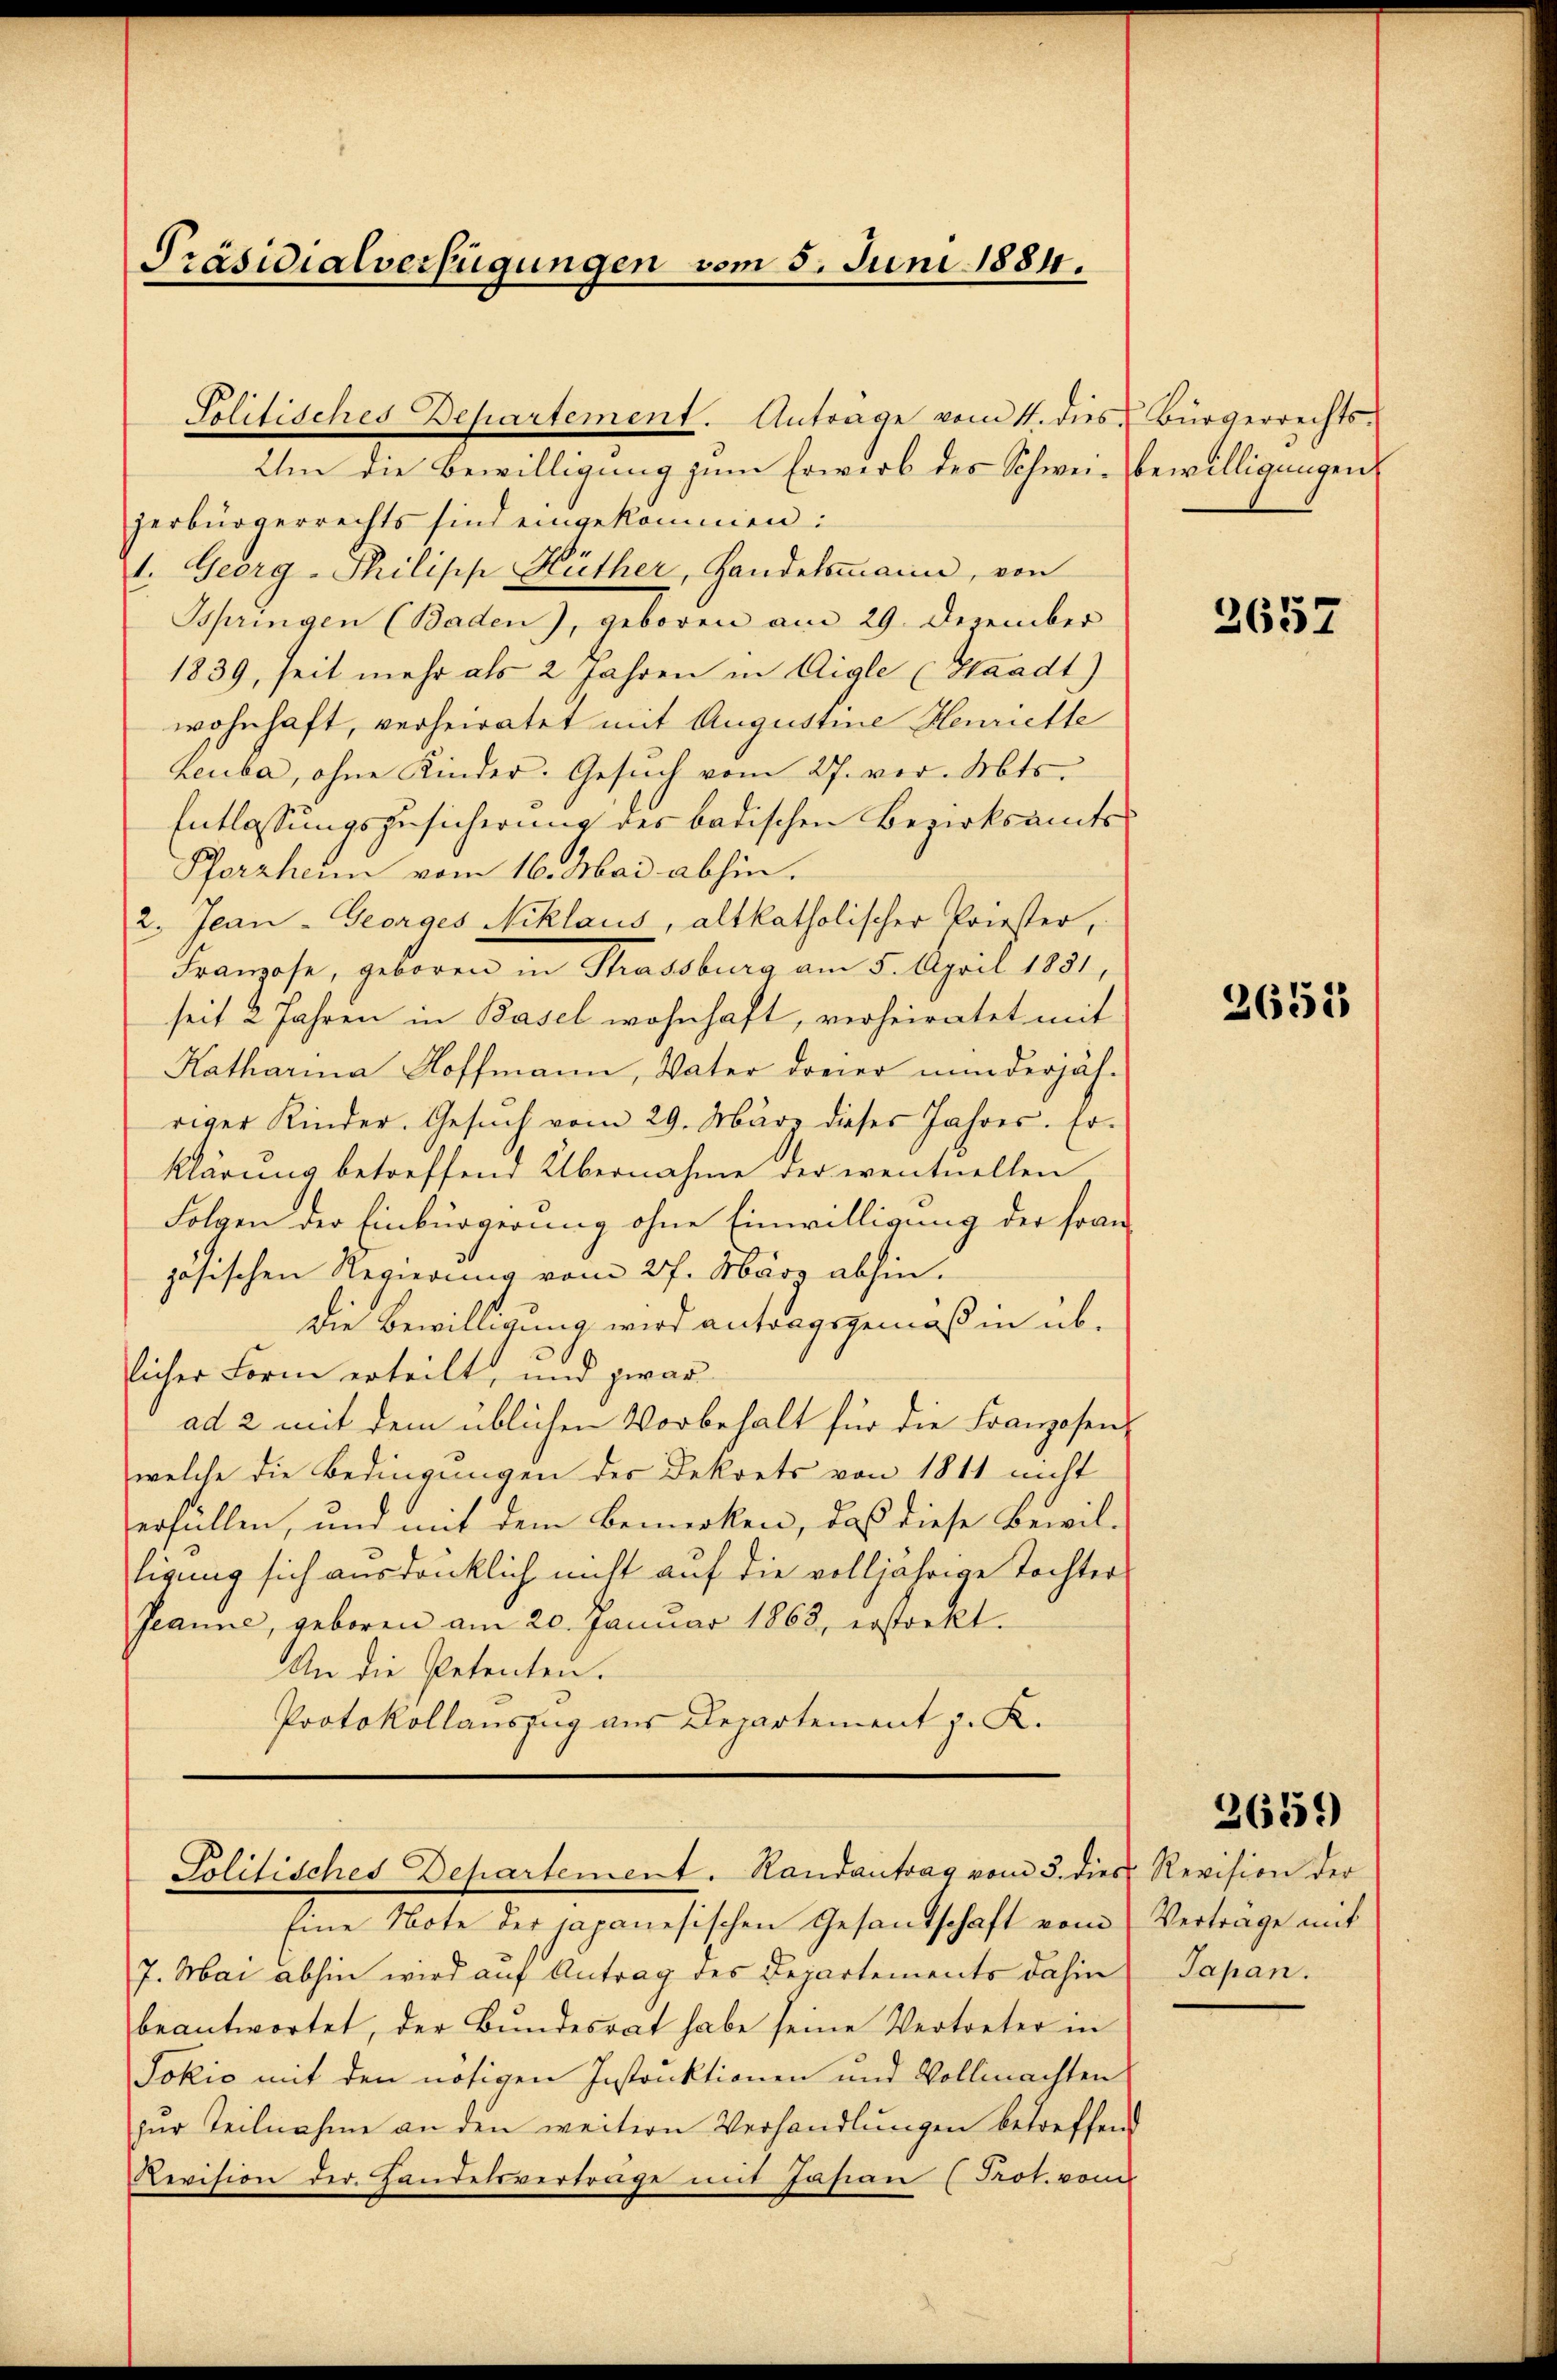
Präsidialverfügungen vom 5. Juni 1884.

Um die Bewilligung zum Erwerb des Schwei- Bewilligungen
zerbürgerrechts sind eingekommen:
1. Georg-Philisch Hüther, Handelsmann, von
Tspringen (Baden), geboren am 29. Dezember
1839, seit mehr als 2 Jahren in Aigle (Staadt)
wohnhaft, verheiratet mit Augustine Henriette
Leuba, ohne Kinder. Gesuch vom 27. vor. Mts.
Entlassungszusicherung des badischen Bezirksamts
Pforzheim vom 16. Mai abhin.
2. Jean - Georges Niklaus, altkatholischer Priester,
Franzose, geboren in Strassburg am 5. April 1831,
seit 2 Jahren in Basel wohnhaft, verheiratet mit
Katharina Hoffmann, Vater dreier minderjähriger Kinder. Gesŭch vom 29. März dieses Jahres. Er
klärung betreffend Übernahme der eventuellen
Folgen der Einbürgerung ohne Einwilligung der franjösischen Regierung vom 27. März abhin.
Die Bewilligung wird antragsgemäß in üblicher Form erteilt, und zwar
ad 2 mit dem üblichen Vorbehalt für die Franzosen
welche die Bedingungen des Dekrets von 1811 nicht
erfällen, und mit dem Bemerken, daß diese Bewil-
tigung sich ausdrücklich nicht auf die volljährige Tochter
Jeanne, geboren am 20. Janŭar 1868, erstorkt.
An die Petenten.
Protokollauszug aus Departement z. K.

Politisches Departement. Anträge vom 4. dies Bürgerrechts-

Politisches Departement. Randantrag vom 3. dies Revision der

Eine Note der japanesischen Gesandtschaft vom
7. Mai abhin wird auf Antrag des Departements dahin
beantwortet, der Bundesrat habe seine Vertreter in
Jokić mit den nötigen Instruktionen und Vollmachten
zur Teilnahme an den weitern Verhandlungen betreffend
Revision der Handelsverträge mit Jasian (Prot. vom

3657

2655

Verträge mit
Japan.

3659)